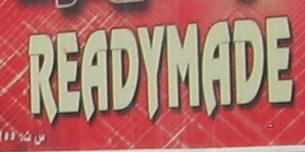
readymade